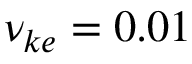
\nu _ { k e } = 0 . 0 1